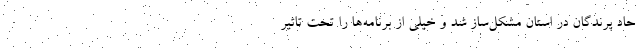
حاد پرندگان در استان مشکل‌ساز شد و خیلی از برنامه‌ها را تحت تاثیر